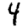
Digit: 4